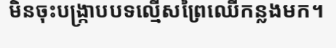
មិនចុះបង្ក្រាបបទល្មើសព្រៃឈើកន្លងមក។